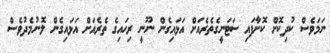
ނަމަވެސް ކުދިކޮށް ކޮށާފައި ސަޓަނީގެތެރެއަށް އަޅައިގެން ނޫނީ ރިހައިގެ ތެރެއަށް އަޅައިގެން ލޮނުމެދުވެސް